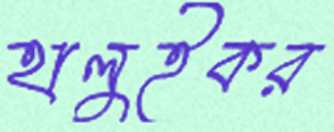
হালুইকর